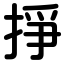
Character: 掙